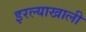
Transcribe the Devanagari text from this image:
इरल्याखाली